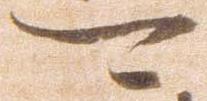
可